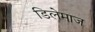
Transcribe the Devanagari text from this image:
डिलेमाज